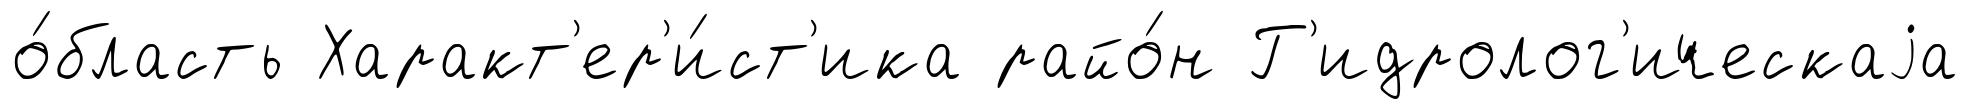
о́бласть Характ'ер'и́ст'ика райо́н Г'идролог'ическаjа